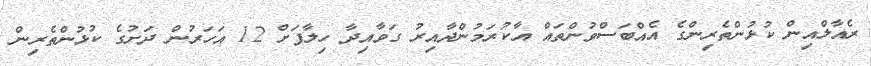
ރެއާލްއިން ކުޅުންތެރިންގެ އެއްބަސްވުންތައް އާކުރަމުންދާއިރު ގަވާއިދާ ހިލާފަށް 12 އަހަރުން ދަށުގެ ކުޅުންތެރިން